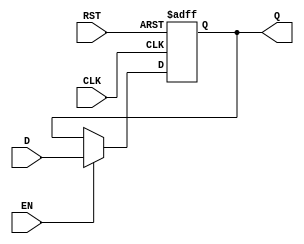
module BarrierRegister #(
    parameter WIDTH = 8  // Parameterized width for the data input/output
)(
    input  wire [WIDTH-1:0] D,   // Data Input
    input  wire CLK,               // Clock
    input  wire EN,                // Enable
    input  wire RST,               // Asynchronous Reset
    output reg  [WIDTH-1:0] Q      // Data Output
);

    // Asynchronous Reset and Data Capture Logic
    always @(posedge CLK or posedge RST) begin
        if (RST) begin
            Q <= {WIDTH{1'b0}};      // Reset output to zero
        end else if (EN) begin
            Q <= D;                  // Capture data on clock edge if enabled
        end
        // If EN is low, Q retains its previous value
    end

endmodule